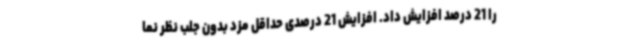
را 21 درصد افزایش داد. افزایش 21 درصدی حداقل مزد بدون جلب نظر نما